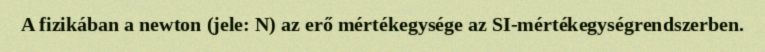
A fizikában a newton (jele: N) az erő mértékegysége az SI-mértékegységrendszerben.